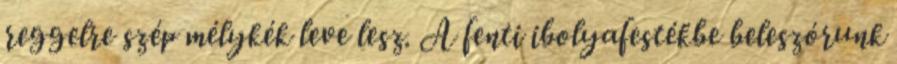
reggelre szép mélykék leve lesz. A fenti ibolyafestékbe beleszórunk